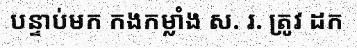
បន្ទាប់មក កងកម្លាំង ស. រ. ត្រូវ ដក